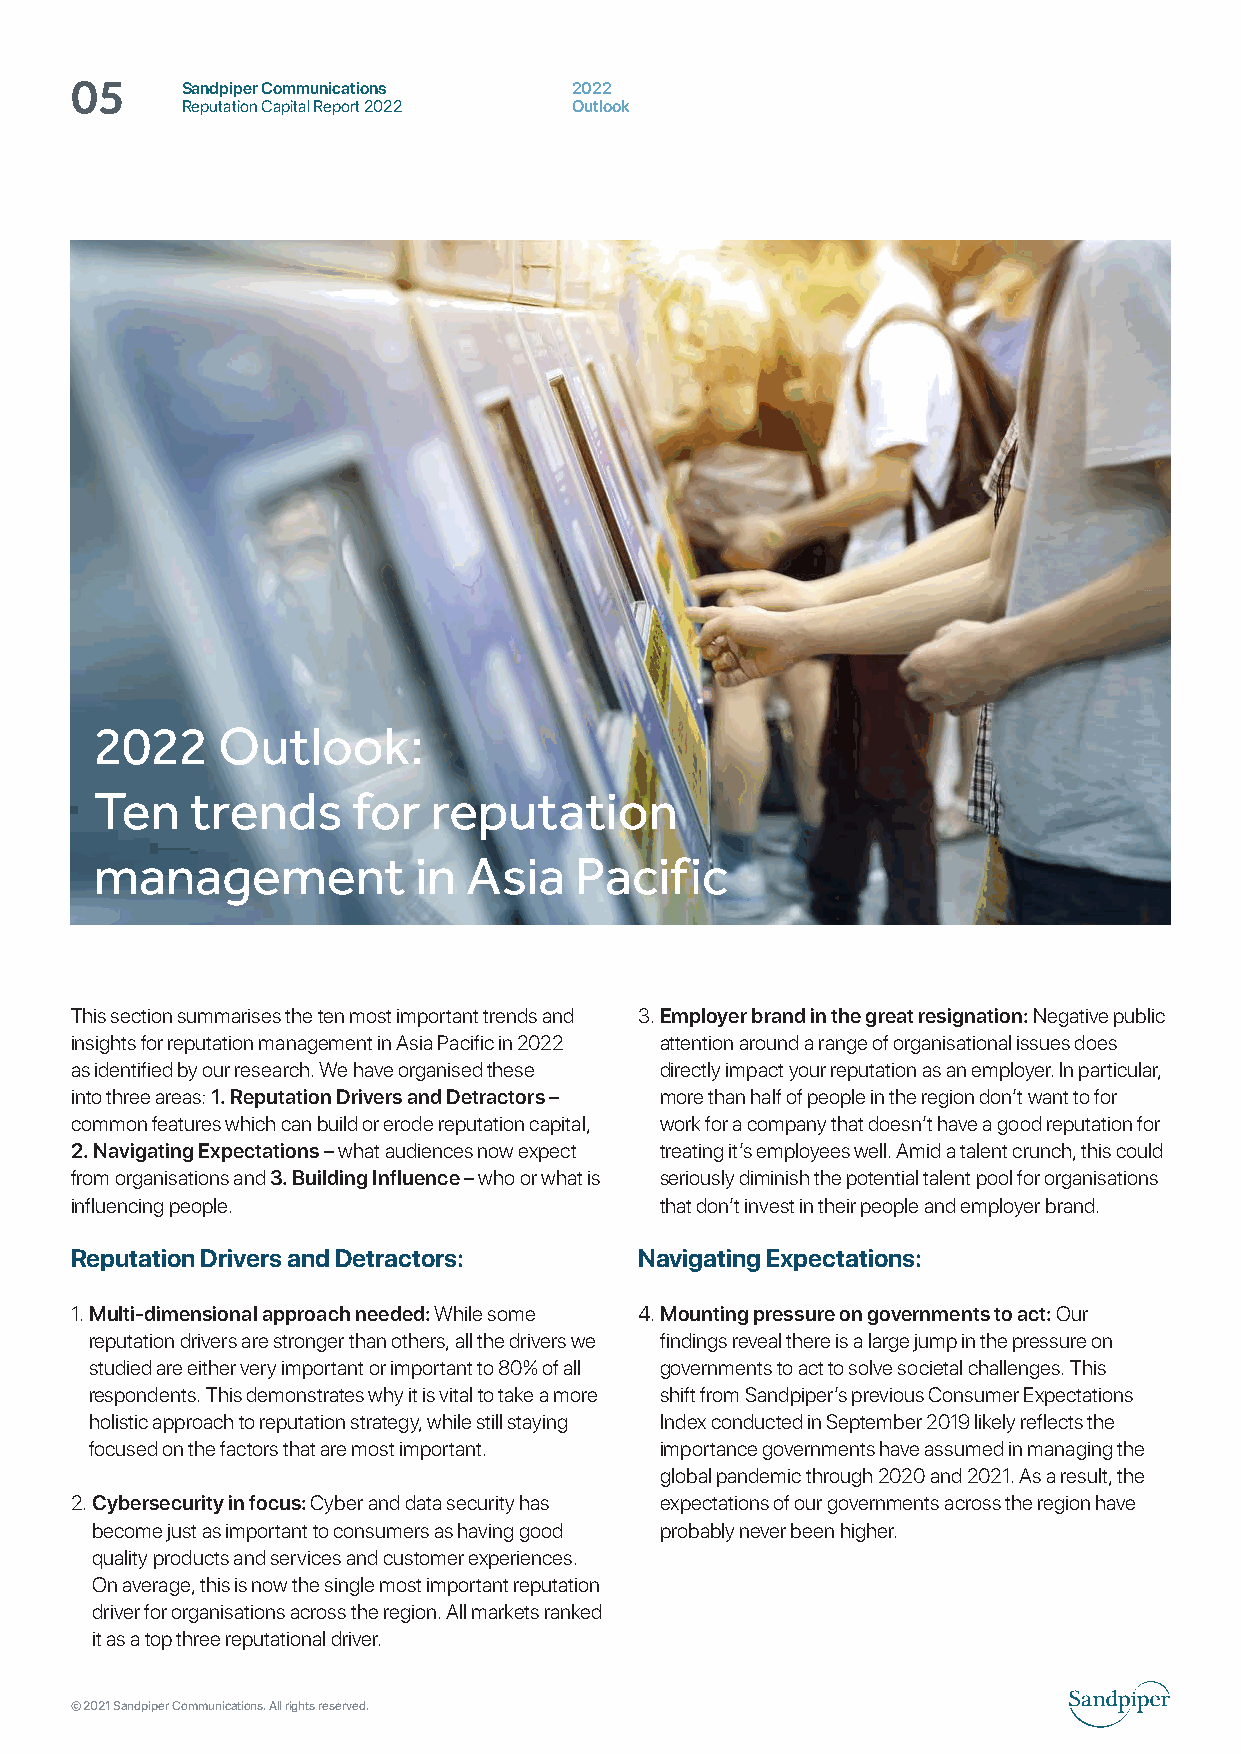
Sandpiper Communications  2022
 05     Reputation Capital Report 2022 Outlook
 2022    Outlook:
 Ten    trends    for  reputation
 management           in  Asia   Pacific
 This section summarises the ten most important trends and 3. Employer brand in the great resignation: Negative public
 insights for reputation management in Asia Pacific in 2022 attention around a range of organisational issues does
 as identified by our research. We have organised these directly impact your reputation as an employer. In particular,
 into three areas: 1. Reputation Drivers and Detractors – more than half of people in the region don’t want to for
 common features which can build or erode reputation capital, work for a company that doesn’t have a good reputation for
 2. Navigating Expectations – what audiences now expect treating it’s employees well. Amid a talent crunch, this could
 from organisations and 3. Building Influence – who or what is seriously diminish the potential talent pool for organisations
 influencing people.                    that don’t invest in their people and employer brand.
 Reputation Drivers and Detractors:   Navigating Expectations:
 1. M ulti-dimensional approach needed: While some 4. M ounting pressure on governments to act: Our
 reputation drivers are stronger than others, all the drivers we findings reveal there is a large jump in the pressure on
 studied are either very important or important to 80% of all governments to act to solve societal challenges. This
 respondents. This demonstrates why it is vital to take a more shift from Sandpiper’s previous Consumer Expectations
 holistic approach to reputation strategy, while still staying Index conducted in September 2019 likely reflects the
 focused on the factors that are most important. importance governments have assumed in managing the
 global pandemic through 2020 and 2021. As a result, the
 2. Cybersecurity in focus: Cyber and data security has expectations of our governments across the region have
 become just as important to consumers as having good probably never been higher.
 quality products and services and customer experiences.
 On average, this is now the single most important reputation
 driver for organisations across the region. All markets ranked
 it as a top three reputational driver.
 © 2021 Sandpiper Communications. All rights reserved.